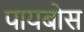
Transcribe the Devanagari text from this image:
पायबोस